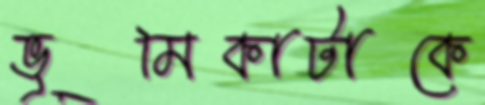
ভূমিকাটাকে